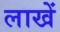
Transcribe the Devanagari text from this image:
लाखें